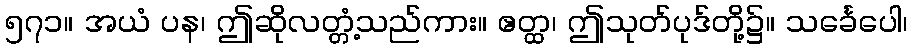
၅၇၁။ အယံ ပန၊ ဤဆိုလတ္တံ့သည်ကား။ ဧတ္ထ၊ ဤသုတ်ပုဒ်တို့၌။ သင်္ခေပေါ၊